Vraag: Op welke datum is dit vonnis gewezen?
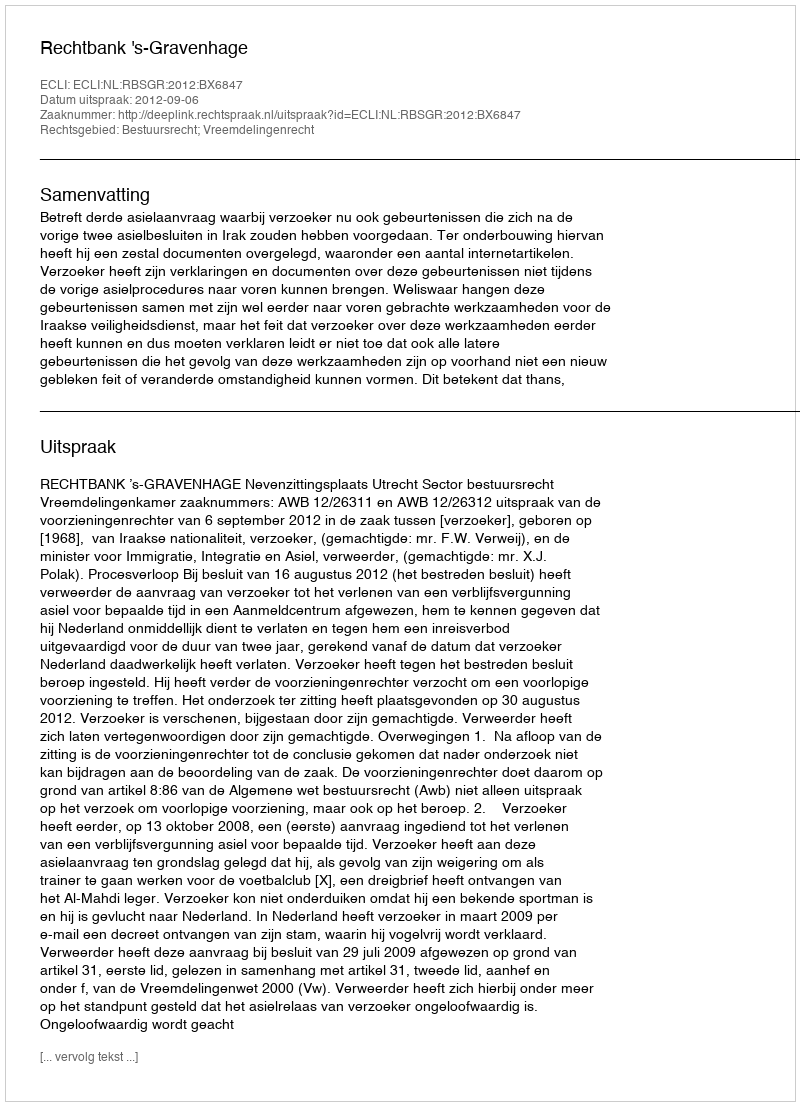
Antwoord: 2012-09-06